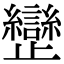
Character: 𣦱